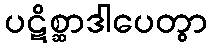
ပဋိစ္ဆာဒါပေတွာ